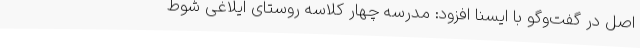
اصل در گفت‌وگو با ایسنا افزود: مدرسه چهار کلاسه روستای ایلاغی شوط